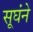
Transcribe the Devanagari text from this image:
सूघंने